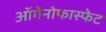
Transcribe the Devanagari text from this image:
ऑर्गेनोफास्फेट